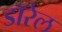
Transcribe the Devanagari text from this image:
डॉरेल